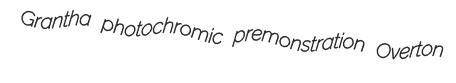
Grantha photochromic premonstration Overton